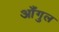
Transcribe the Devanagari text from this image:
आँगुल